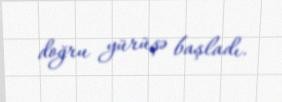
doğru yürüşə başladı.